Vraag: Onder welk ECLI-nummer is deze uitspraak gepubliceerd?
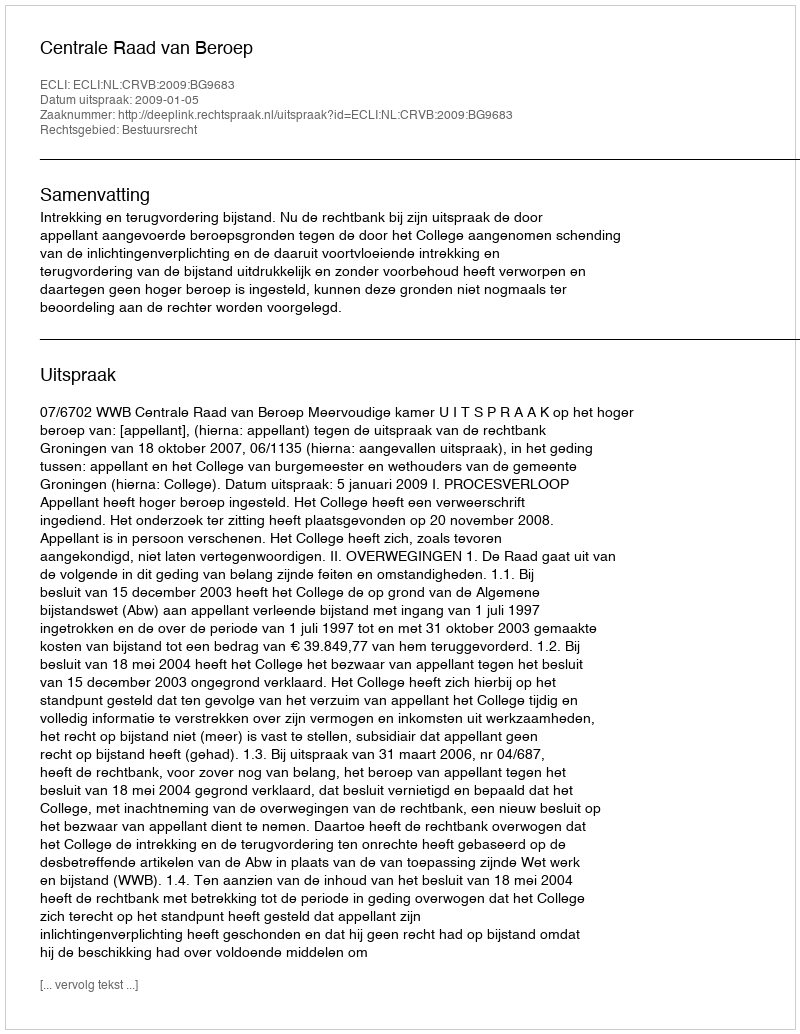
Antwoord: ECLI:NL:CRVB:2009:BG9683